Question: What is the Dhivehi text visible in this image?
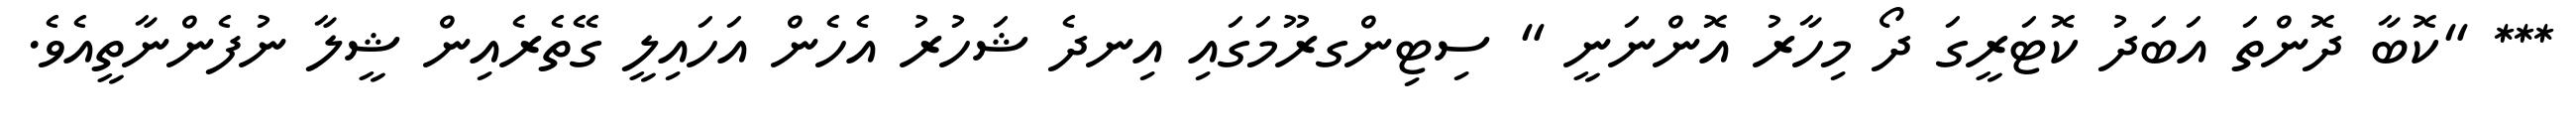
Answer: *** "ކޮބާ ދޮންތަ އަބަދު ކޮޓަރީގަ ދޯ މިހާރު އޮންނަނީ " ސިޓިންގރޫމަގައި އިނދެ ޝަހުރު އެހެން އަހައިލީ ގޭތެރެއިން ޝީލާ ނުފެންނާތީއެވެ.